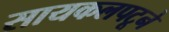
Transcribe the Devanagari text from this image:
सायकलपटूने